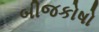
બીજકોષો